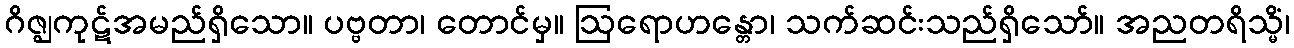
ဂိဇ္ဈကုဋ်အမည်ရှိသော။ ပဗ္ဗတာ၊ တောင်မှ။ ဩရောဟန္တော၊ သက်ဆင်းသည်ရှိသော်။ အညတရိသ္မိံ၊